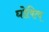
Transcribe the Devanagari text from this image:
घोषित्य